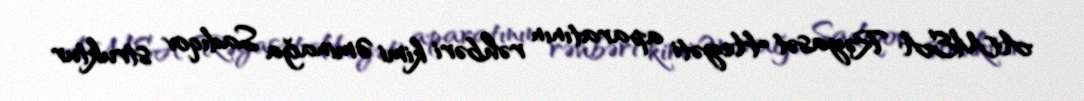
AMEA Rəyasət Heyəti aparatının rəhbəri kimi Əminağa Sadıqov struktur